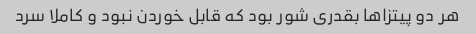
هر دو پیتزا‌ها بقدری شور بود که قابل خوردن نبود و کاملا سرد